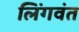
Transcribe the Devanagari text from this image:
लिंगवंत